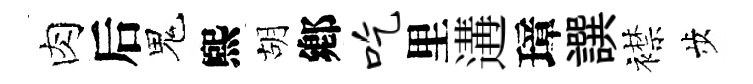
肉后鬼煕胡鄕吃里遘璋譔襟歩